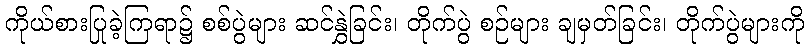
ကိုယ်စားပြုခဲ့ကြရာ၌ စစ်ပွဲများ ဆင်နွှဲခြင်း၊ တိုက်ပွဲ စဉ်များ ချမှတ်ခြင်း၊ တိုက်ပွဲများကို